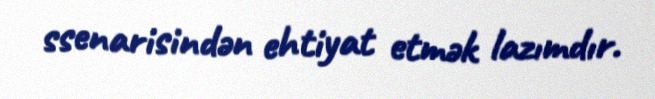
ssenarisindən ehtiyat etmək lazımdır.